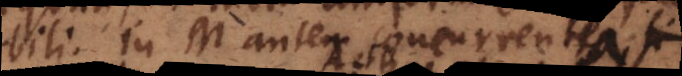
ili. In M autem concurrentes, si